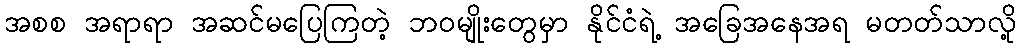
အစစ အရာရာ အဆင်မပြေကြတဲ့ ဘဝမျိုးတွေမှာ နိုင်ငံရဲ့ အခြေအနေအရ မတတ်သာလို့